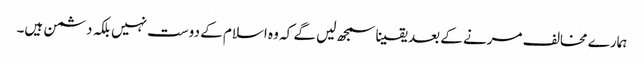
ہمارے مخالف مرنے کے بعد یقینا سمجھ لیں گے کہ وہ اسلام کے دوست نہیں بلکہ دشمن ہیں۔